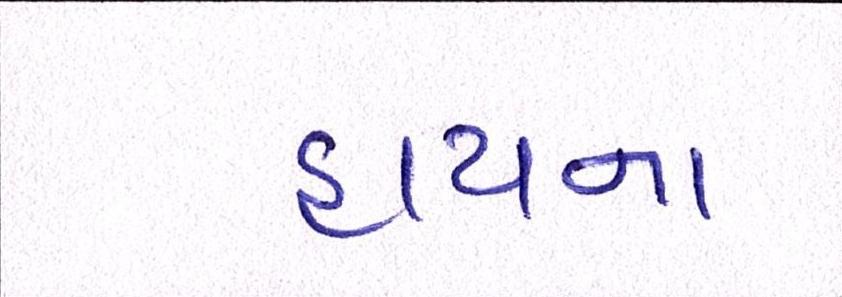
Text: હાયના